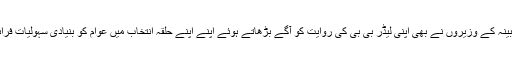
نہ صرف اتنا بلکہ ان کی کابینہ کے وزیروں نے بھی اپنی لیڈر بی بی کی روایت کو آگے بڑھاتے ہوئے اپنے اپنے حلقہ انتخاب میں عوام کو بنیادی سہولیات فراہم کرنے کو اہمیت دی تھی۔